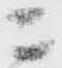
ニ